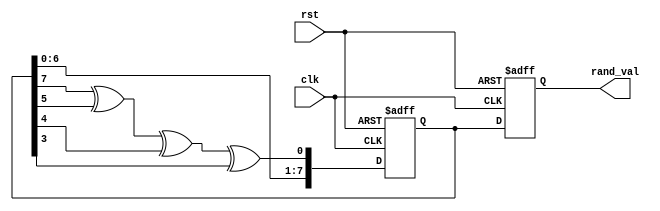
module RandomInitialization (
    input  wire clk,         // Clock signal
    input  wire rst,         // Asynchronous reset signal
    output reg  [7:0] rand_val // Random value output (8 bits)
);
    
    // LFSR seed initialization (can be any non-zero value)
    reg [7:0] lfsr; // 8-bit LFSR register

    // LFSR feedback polynomial: x^8 + x^6 + x^5 + x^4 + 1
    wire feedback = lfsr[7] ^ lfsr[5] ^ lfsr[4] ^ lfsr[3]; 

    // Sequential logic to generate random values on clock rising edge
    always @(posedge clk or posedge rst) begin
        if (rst) begin
            // Asynchronous reset: initialize LFSR and rand_val
            lfsr <= 8'b1; // Initial seed value for LFSR, must be non-zero
            rand_val <= 8'b0; // Initialize rand_val to zero
        end else begin
            // Shift and feedback logic for LFSR
            lfsr <= {lfsr[6:0], feedback}; // Shift left and feed in feedback
            rand_val <= lfsr; // Output the current LFSR value as rand_val
        end
    end

endmodule